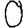
Digit: 0